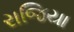
રાજિયા